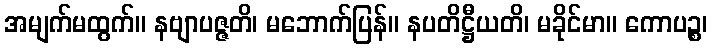
အမျက်မထွက်။ နဗျာပဇ္ဇတိ၊ မဘောက်ပြန်။ နပတိဋ္ဌီယတိ၊ မခိုင်မာ။ ကောပဉ္စ၊